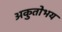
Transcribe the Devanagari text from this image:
अकुतोभय